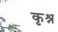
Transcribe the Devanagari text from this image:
कृश्न